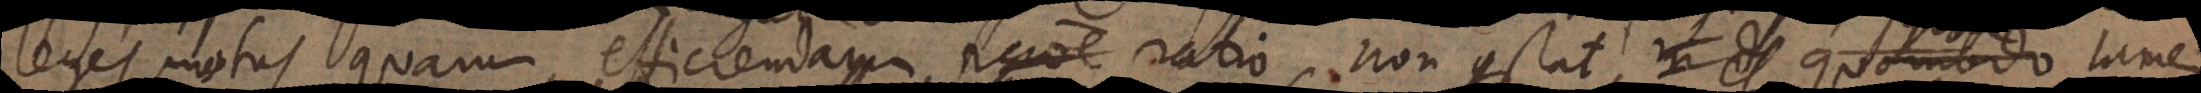
leges motus quarum efficiendarum ratio non constat in d quomodo tamen